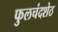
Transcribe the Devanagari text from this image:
फुलचंदशेठ